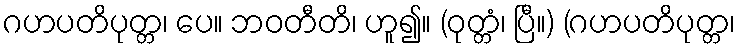
ဂဟပတိပုတ္တ၊ ပေ။ ဘဝတီတိ၊ ဟူ၍။ (ဝုတ္တံ၊ ပြီ။) (ဂဟပတိပုတ္တ၊